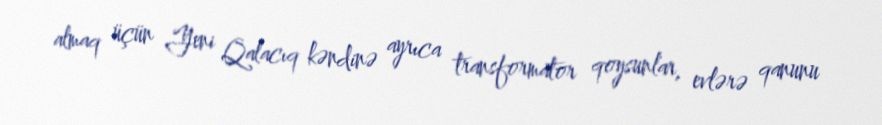
almaq üçün Yeni Qalacıq kəndinə ayrıca transformator qoysunlar, evlərə qanunu